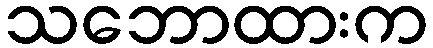
သဘောထားက